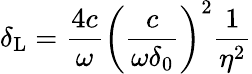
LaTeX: \delta_{\mathrm{L}}=\frac{4c}{\omega}\left(\frac{c}{\omega\delta_{0}}\right)^{2}\frac{1}{\eta^{2}}